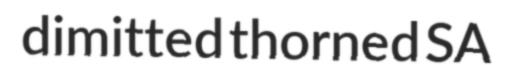
dimitted thorned SA